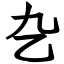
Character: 㐇